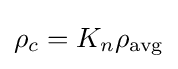
\rho _{c}=K_{n}\rho _{\text{avg}}